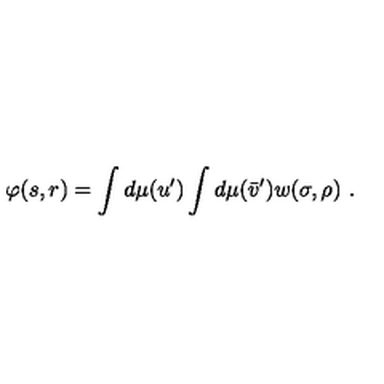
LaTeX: \varphi ( s , r ) = \int d \mu ( u ^ { \prime } ) \int d \mu ( \bar { v } ^ { \prime } ) w ( \sigma , \rho ) \ .